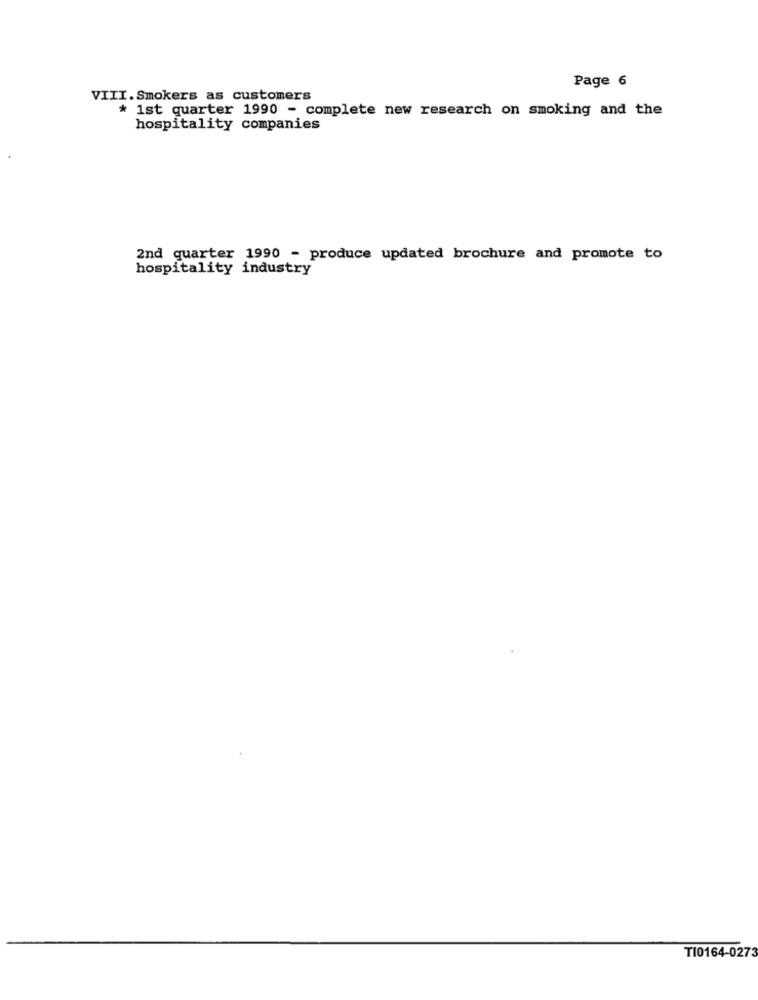
Page 6
VIII.Smokers as customers
* 1st quarter 1990 - complete new research on smoking and the
hospitality companies
2nd quarter 1990 - produce updated brochure and promote to
hospitality industry
TI0164-0273